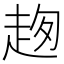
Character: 𧻌